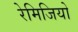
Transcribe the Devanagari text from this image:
रेमिजियो